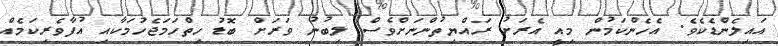
އައިލެންޑެކެވެ. އެހެންކަމުން މިއީ އެރަށު ރައްޔިތުންނަށްވެސް ލިބުނު ވަރަށް ބޮޑު ހިތްހަމަޖެހުމަކާއި އުފާވެރިކަމެއް